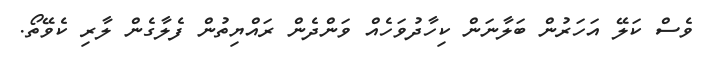
ވެސް ކަލޭ އަހަރުން ބަލާނަން ކިހާދުވަހެއް ވަންދެން ރައްޔިތުން ފެލާގެން ލާރި ކެވޭތޯ.